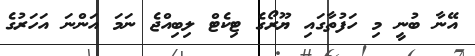
އޭނާ ބުނީ މި ހަފުތާގައި ޔޫރޯގެ ޓިކެޓް ލިބިއްޖެ ނަމަ އަންނަ އަހަރުގެ